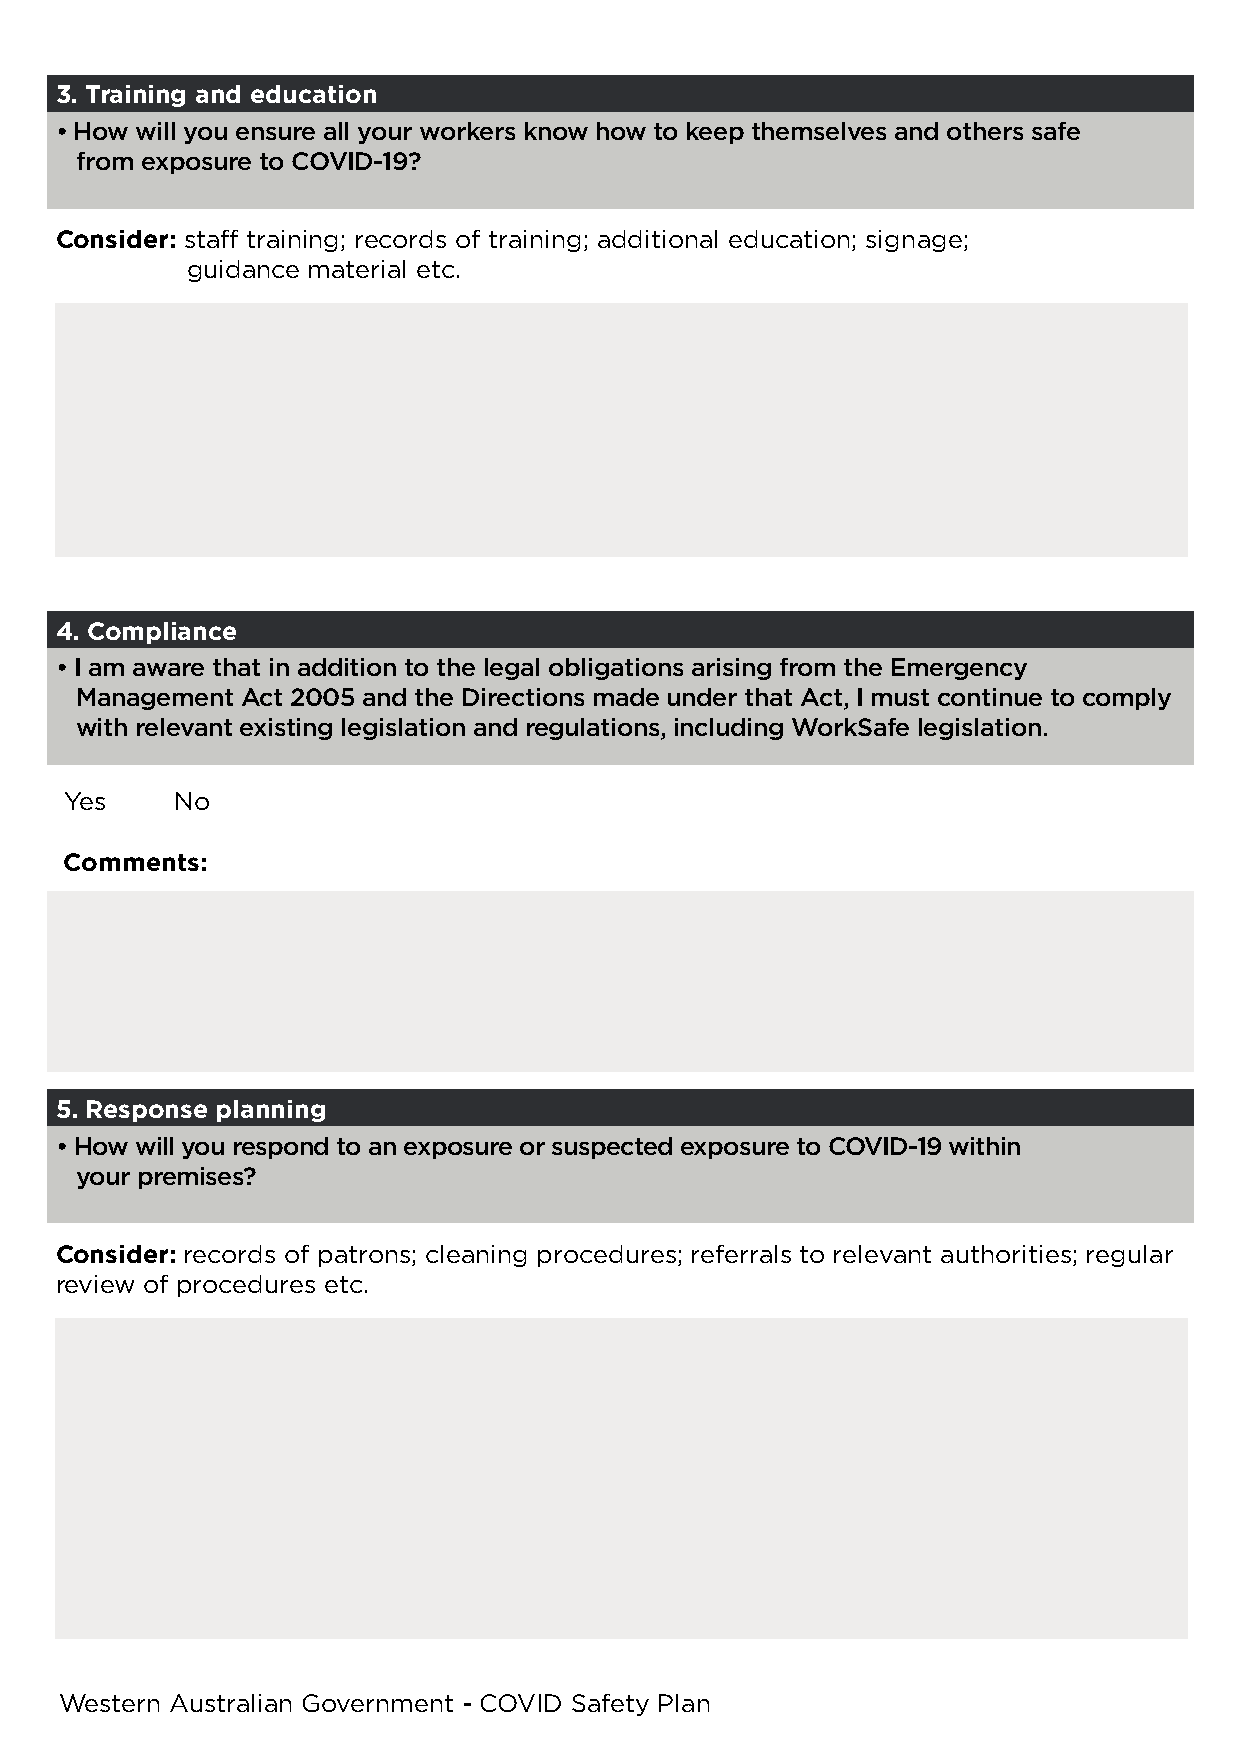
3. Training and education
 • How will you ensure all your workers know how to keep themselves and others safe
 from exposure to COVID-19?
 Consider: staff training; records of training; additional education; signage;
 guidance material etc.
 4. Compliance
 • I am aware that in addition to the legal obligations arising from the Emergency
 Management Act 2005 and the Directions made under that Act, I must continue to comply
 with relevant existing legislation and regulations, including WorkSafe legislation.
 Yes     No
 Comments:
 5. Response planning
 • How will you respond to an exposure or suspected exposure to COVID-19 within
 your premises?
 Consider: records of patrons; cleaning procedures; referrals to relevant authorities; regular
 review of procedures etc.
 Western Australian Government - COVID Safety Plan